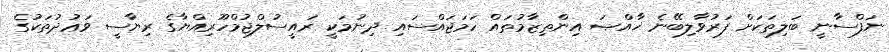
ނަފްސާނީ ބަލިތަކަށް ފަރުވާލިބޭނެ ޚާއްޞަ އިންތިޒާމުތައް ހަމަޖައްސައި ދިނުމަކީ ރައީސުލްޖުމްހޫރިއްޔާގެ ރިޔާސީ ވަޢުދުތަކުގެ